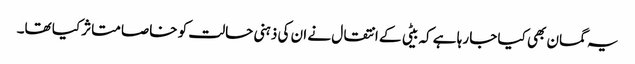
یہ گمان بھی کیا جا رہا ہے کہ بیٹی کے انتقال نے ان کی ذہنی حالت کو خاصا متاثر کیا تھا۔